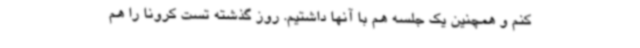
کنم و همچنین یک جلسه هم با آنها داشتیم. روز گذشته تست کرونا را هم